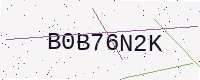
Text: B0B76N2K